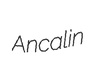
Ancalin